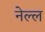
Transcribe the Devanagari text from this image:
नेल्ल